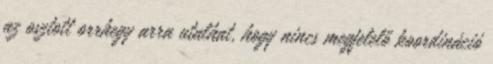
az osztott orrhegy arra utalhat, hogy nincs megfelelő koordináció